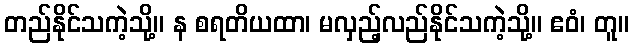
တည်နိုင်သကဲ့သို့။ န စရတိယထာ၊ မလှည့်လည်နိုင်သကဲ့သို့။ ဧဝံ၊ တူ။